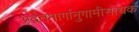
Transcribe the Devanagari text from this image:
अद्वैतमार्गानुगामीसाधक